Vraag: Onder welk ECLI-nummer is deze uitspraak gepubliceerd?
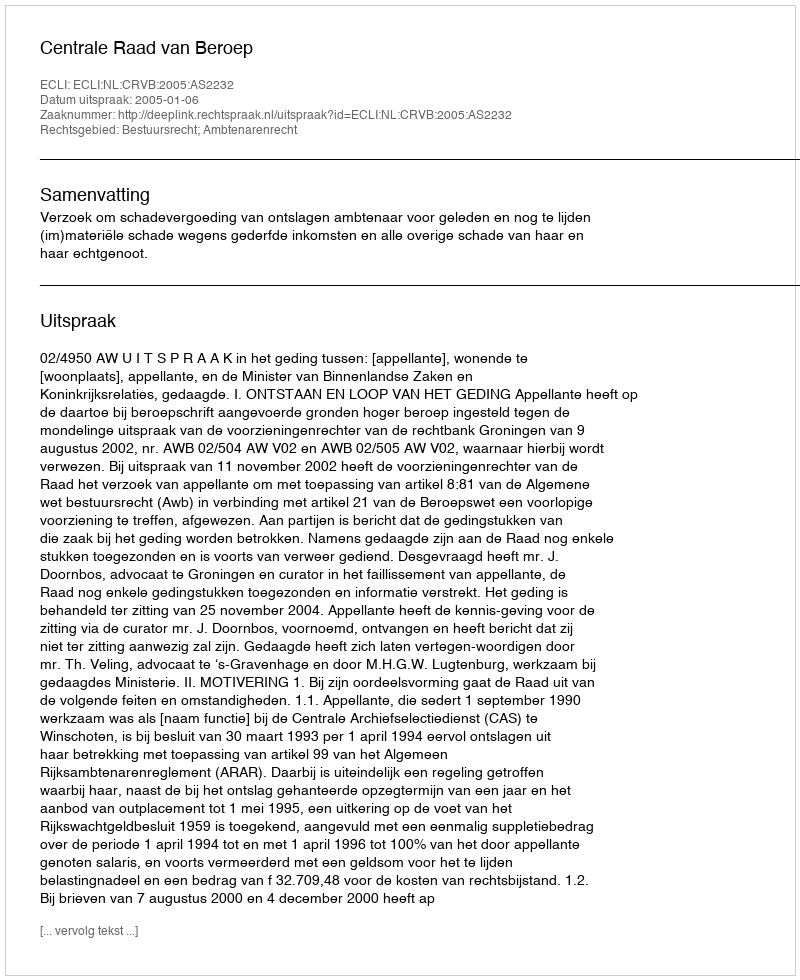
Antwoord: ECLI:NL:CRVB:2005:AS2232